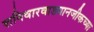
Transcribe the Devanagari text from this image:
शनिवारवाड्यानजीकच्या